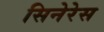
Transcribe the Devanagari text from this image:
सिनेरेस